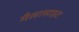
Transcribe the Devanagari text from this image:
मैलासाइट